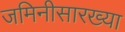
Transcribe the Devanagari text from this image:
जमिनीसारख्या